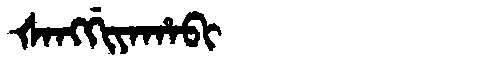
Manchu: ᡧᠠᠩᡤᡳᠶᠠᡥᠠᠪᡳ
Romanization: ŠANGGIYAHABI